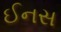
ઈનસ